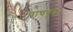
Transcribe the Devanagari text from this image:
वाचवुया